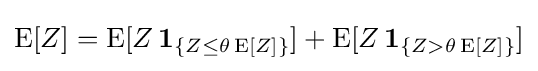
\operatorname {E} [Z]=\operatorname {E} [Z\,\mathbf {1} _{\{Z\leq \theta \operatorname {E} [Z]\}}]+\operatorname {E} [Z\,\mathbf {1} _{\{Z>\theta \operatorname {E} [Z]\}}]